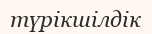
түрікшілдік